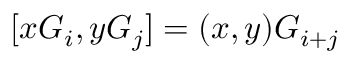
[ x G _ { i } , y G _ { j } ] = ( x , y ) G _ { i + j }